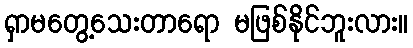
ရှာမတွေ့သေးတာရော မဖြစ်နိုင်ဘူးလား။